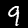
Digit: 9